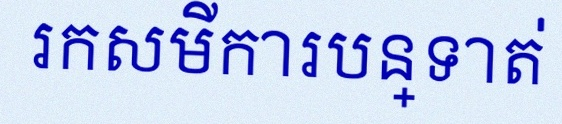
រកសមីការបន្ទាត់